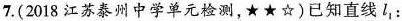
7. (2018江苏泰州中学单元检测，★★☆)已知直线l_{1}：